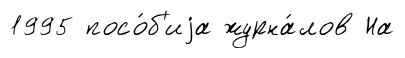
1995 посо́б'иjа журна́лов На